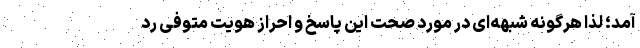
آمد؛ لذا هرگونه شبهه‌ای در مورد صحت این پاسخ و احراز هویت متوفی رد